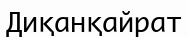
Диқанқайрат